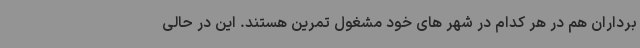
برداران هم در هر کدام در شهر های خود مشغول تمرین هستند. این در حالی